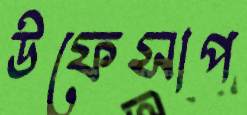
উফেসাপ